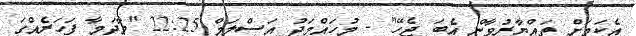
އެކަމަށް ތައްޔާރުވާން އެބަ ޖެހޭ" - މުހައްމަދު އަސްލަމް 22:25 "މާދަމާ ފަހަރެއްގަ